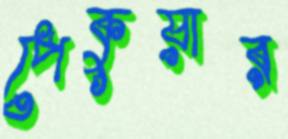
পেকুয়ার